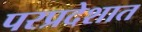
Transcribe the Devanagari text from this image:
परप्रदेशात